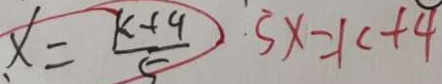
x = \frac { k + 4 } { 5 } 5 x = k + 4